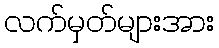
လက်မှတ်များအား